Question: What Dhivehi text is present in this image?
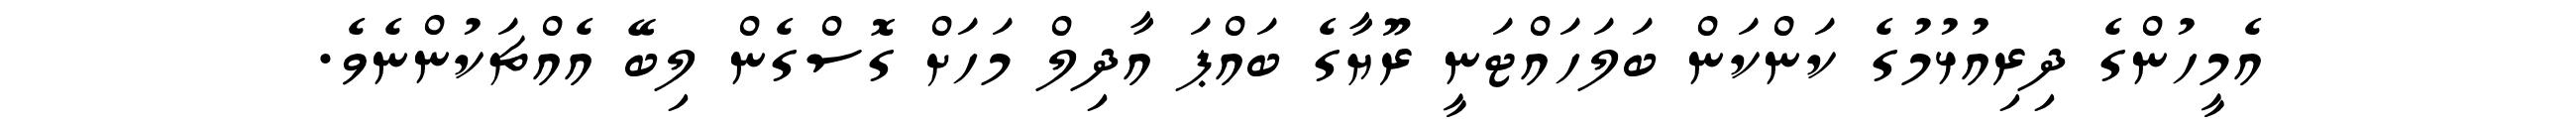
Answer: އެމީހުންގެ ދިރިއުޅުމުގެ ކަންކަން ބަލަހައްޓަނީ ރޫޔާގެ ބައްޕަ އާދިލް މަހަށް ގޮސްގެން ލިބޭ އެއްޗަކުންނެވެ.